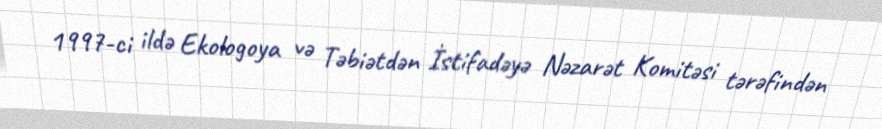
1997-ci ildə Ekologoya və Təbiətdən İstifadəyə Nəzarət Komitəsi tərəfindən